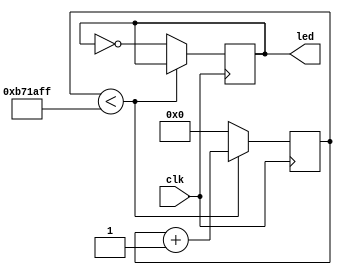
module blinky(
    output reg led,
    input clk
);

    reg [23:0] counter;

    initial begin
        counter = 24'd0;
        led = 1'b0;
    end

    always @(posedge clk) begin
        if (counter < 24'd1199_9999) begin
            counter <= counter + 1'b1;
            led <= led;
        end
        else begin
            counter <= 24'd0;
            led <= ~led;
        end      
    end
endmodule